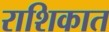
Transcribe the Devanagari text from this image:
राशिकात